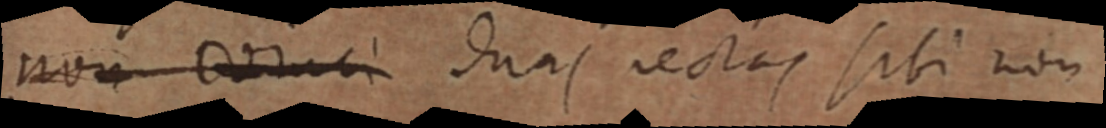
non vinci duas rectas sibi non